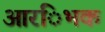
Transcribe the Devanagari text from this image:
आरंिभक